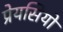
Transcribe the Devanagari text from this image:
प्रेयसियों